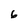
Character: 6